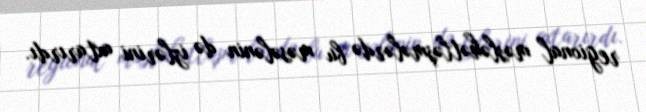
regional məsləhətləşmələrdə bu məsələnin də izlərini axtarırdı.